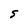
Character: S